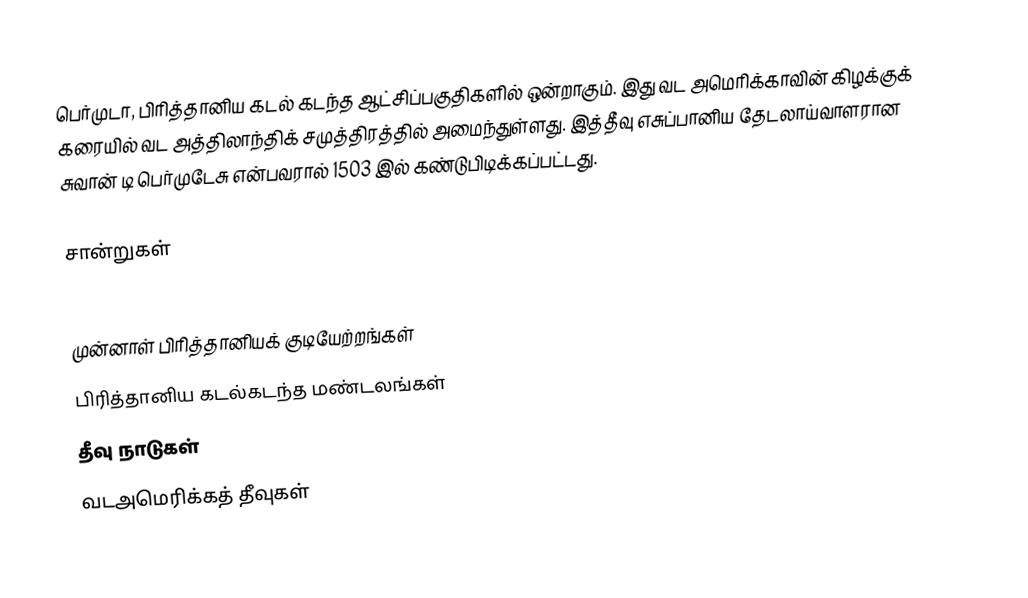
பெர்முடா, பிரித்தானிய கடல் கடந்த ஆட்சிப்பகுதிகளில் ஒன்றாகும். இது வட அமெரிக்காவின் கிழக்குக் கரையில் வட அத்திலாந்திக் சமுத்திரத்தில் அமைந்துள்ளது. இத்தீவு எசுப்பானிய தேடலாய்வாளரான சுவான் டி பெர்முடேசு என்பவரால் 1503 இல் கண்டுபிடிக்கப்பட்டது.

சான்றுகள்

முன்னாள் பிரித்தானியக் குடியேற்றங்கள்
பிரித்தானிய கடல்கடந்த மண்டலங்கள்
தீவு நாடுகள்
வடஅமெரிக்கத் தீவுகள்